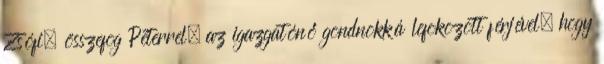
Zsófi, összefog Péterrel, az igazgatónő gondnokká lefokozott férjével, hogy